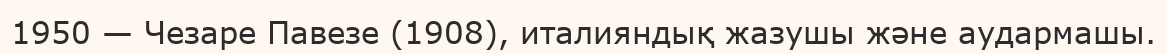
1950 — Чезаре Павезе (1908), италияндық жазушы және аудармашы.